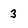
Character: 3